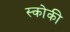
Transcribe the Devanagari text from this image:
स्‍कोकी